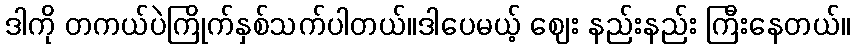
ဒါကို တကယ်ပဲကြိုက်နှစ်သက်ပါတယ်။ဒါပေမယ့် ဈေး နည်းနည်း ကြီးနေတယ်။